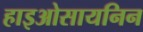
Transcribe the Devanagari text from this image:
हाइओसायनिन